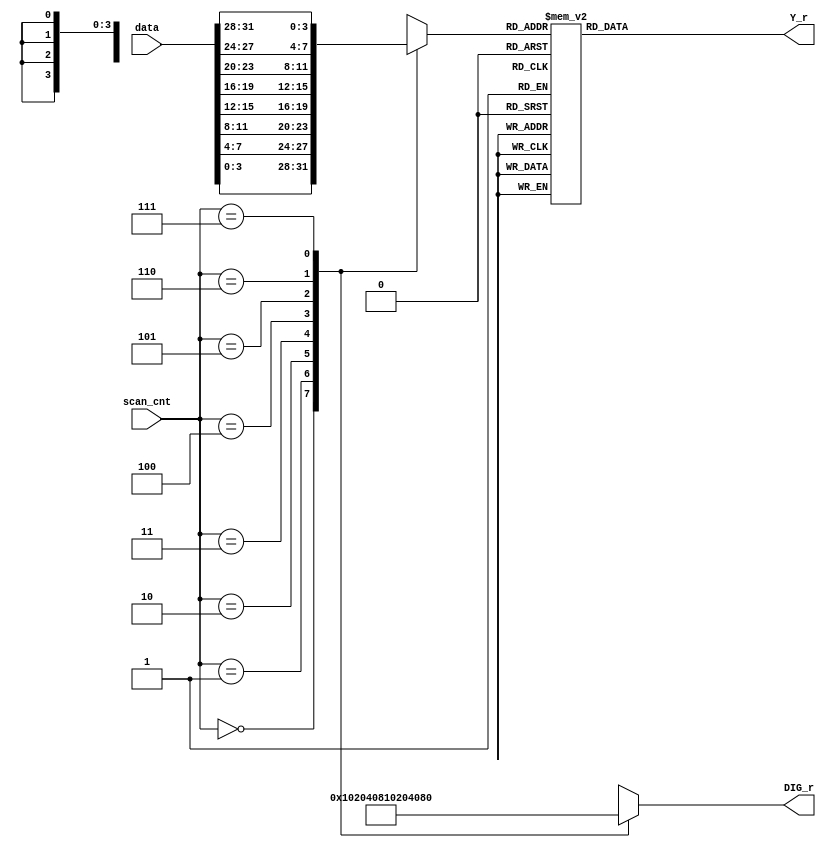
`timescale 1ns / 1ps

module control(
scan_cnt,DIG_r,Y_r,data
    );
    //input[31:0] data;
    input[31:0] data;
    input [2:0] scan_cnt;
    output reg [7:0] DIG_r;
    output reg [6:0] Y_r;
    reg [3:0] temp;
              always @(scan_cnt)
                begin 
                    case (scan_cnt)
                        3'b000: begin DIG_r = 8'b00000001;temp=data[3:0];end
                        3'b001: begin DIG_r = 8'b00000010;temp=data[7:4];end
                        3'b010: begin DIG_r = 8'b00000100;temp=data[11:8];end
                        3'b011: begin DIG_r = 8'b00001000;temp=data[15:12];end
                        3'b100: begin DIG_r = 8'b00010000;temp=data[19:16];end    
                        3'b101: begin DIG_r = 8'b00100000;temp=data[23:20];end
                        3'b110: begin DIG_r = 8'b01000000;temp=data[27:24];end
                        3'b111: begin DIG_r = 8'b10000000;temp=data[31:28];end
                        default:begin  DIG_r = 8'b00000000;temp=data[3:0];end
                    endcase
                end
    always @ (scan_cnt)
    begin
        case (temp)
            0: Y_r = 7'b0111111;
            1: Y_r = 7'b0000110;
            2: Y_r = 7'b1011011;
            3: Y_r = 7'b1001111;
            4: Y_r = 7'b1100110;
            5: Y_r = 7'b1101101;
            6: Y_r = 7'b1111101;
            7: Y_r = 7'b0000111;
            8: Y_r = 7'b1111111;
            9: Y_r = 7'b1101111;
            10: Y_r = 7'b1110111;//a
            11: Y_r = 7'b1111100;//b
            12: Y_r = 7'b0111001;//c
            13: Y_r = 7'b1011110;//d
            14: Y_r = 7'b1111001;//e
            15: Y_r = 7'b1110001;//f
            default: Y_r = 7'b0000000;
        endcase
    end
endmodule